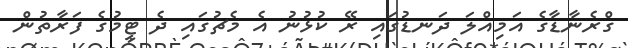
ގްރެނާޑާގެ އަމިއްލަ ދަނޑުގައި ރޭ ކުޅުނު އެ މެޗުގައި ދެ ޓީމުގެ ފަރާތުން